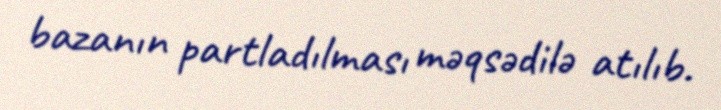
bazanın partladılması məqsədilə atılıb.